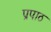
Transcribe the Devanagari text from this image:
प्रपाठ